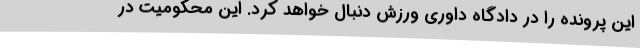
این پرونده را در دادگاه داوری ورزش دنبال خواهد کرد. این محکومیت در